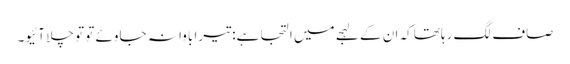
صاف لگ رہاتھا کہ ان کے لہجے میں التجا ہے: تیرا باوا نہ جاوئے تو تو چلا آئیو۔